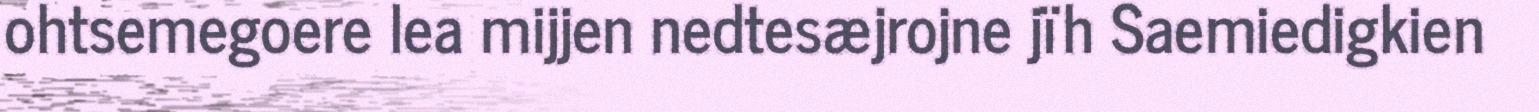
ohtsemegoere lea mijjen nedtesæjrojne jïh Saemiedigkien